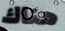
هناك